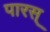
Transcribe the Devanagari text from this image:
पारस्